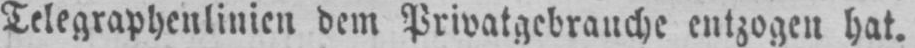
Telegraphenlinien dem Privatgebrauche entzogen hat.